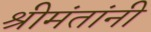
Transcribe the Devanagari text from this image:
श्रीमंतांनी